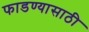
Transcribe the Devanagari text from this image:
फाडण्यासाठी